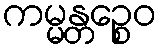
ကမ္မန္တဉ္စေဝ